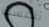
تنفسك